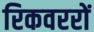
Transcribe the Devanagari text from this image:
रिकवररों